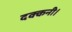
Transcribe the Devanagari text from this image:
दक्कनी।